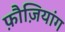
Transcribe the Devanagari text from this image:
फ़ौज़ियांग